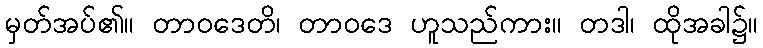
မှတ်အပ်၏။ တာဝဒေတိ၊ တာဝဒေ ဟူသည်ကား။ တဒါ၊ ထိုအခါ၌။